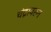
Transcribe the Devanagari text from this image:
चंद्रावरुन